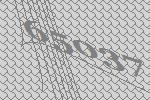
65037